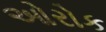
ઓરોક